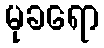
မုခရော